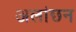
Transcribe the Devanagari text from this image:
अलांछन